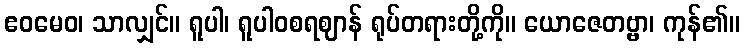
ဧဝမေဝ၊ သာလျှင်။ ရူပါ၊ ရူပါဝစရဈာန် ရုပ်တရားတို့ကို။ ယောဇေတဗ္ဗာ၊ ကုန်၏။